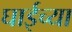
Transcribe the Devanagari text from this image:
घाईच्या